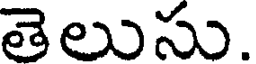
తెలుసు.